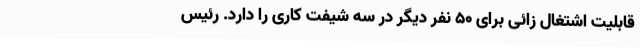
قابلیت اشتغال زائی برای ۵۰ نفر دیگر در سه شیفت کاری را دارد. رئیس